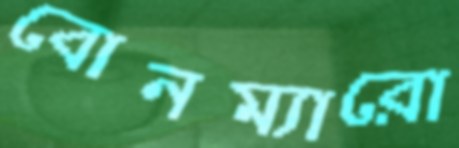
বোনম্যারো